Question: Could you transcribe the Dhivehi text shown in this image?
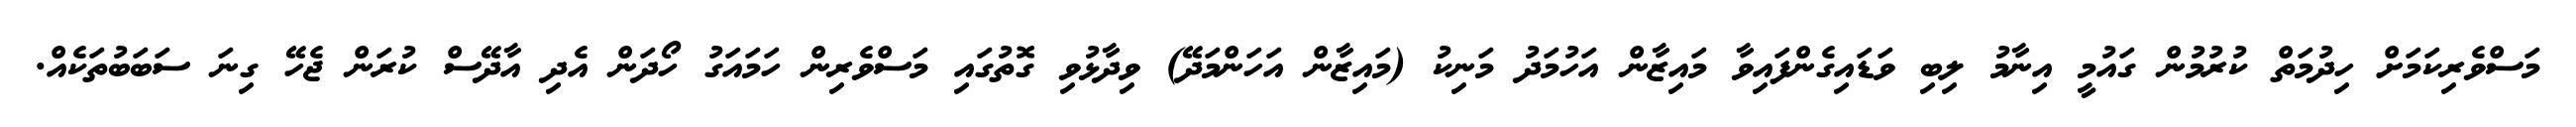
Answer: މަސްވެރިކަމަށް ހިދުމަތް ކުރުމުން ގައުމީ އިނާމު ލިބި ވަޑައިގެންފައިވާ މައިޒާން އަހުމަދު މަނިކު (މައިޒާން އަހަންމަދޭ) ވިދާޅުވި ގޮތުގައި މަސްވެރިން ހަމައަގު ހޯދަން އެދި އާދޭސް ކުރަން ޖެހޭ ގިނަ ސަބަބުތަކެއް.